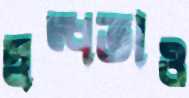
স্বল্পতাও